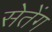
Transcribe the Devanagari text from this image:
सेतेंग